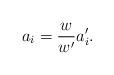
LaTeX: \begin{align*}a_i=\frac{w}{w'}a'_i.\end{align*}